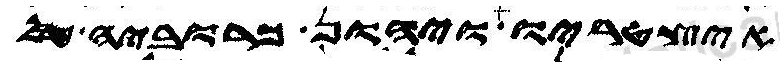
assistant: אצטריו ויהון כרוביה